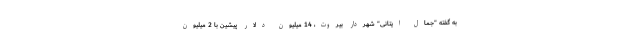
به گفته "جمال ایتانی" شهردار بیروت، 14 میلیون دلار پیشین با 2 میلیون